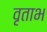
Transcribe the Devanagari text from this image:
वृताभ